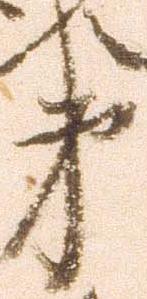
第